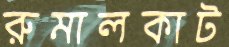
রুমালকাট